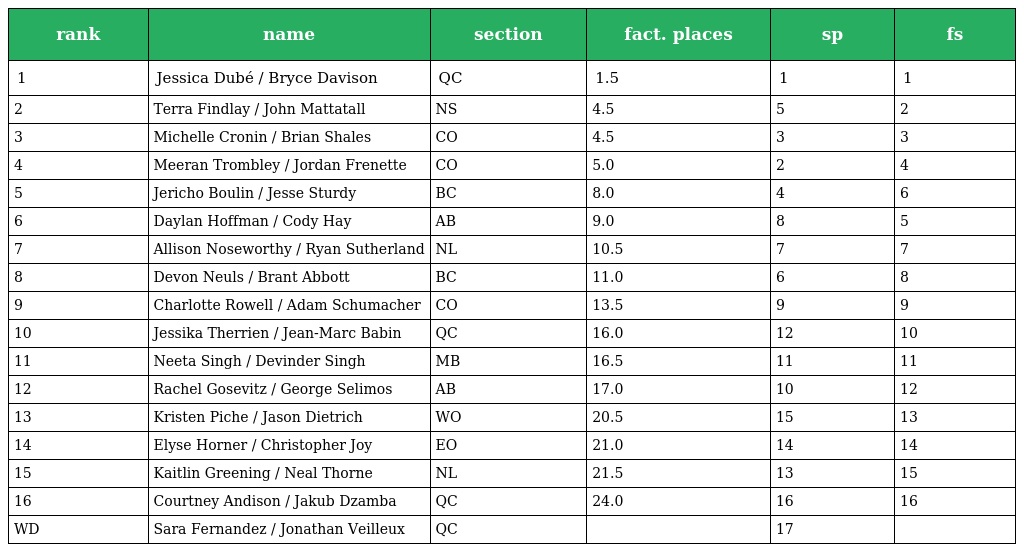
| rank | name | section | fact. places | sp | fs |
 | --- | --- | --- | --- | --- | --- |
 | 1 | Jessica Dubé / Bryce Davison | QC | 1.5 | 1 | 1 |
 | 2 | Terra Findlay / John Mattatall | NS | 4.5 | 5 | 2 |
 | 3 | Michelle Cronin / Brian Shales | CO | 4.5 | 3 | 3 |
 | 4 | Meeran Trombley / Jordan Frenette | CO | 5.0 | 2 | 4 |
 | 5 | Jericho Boulin / Jesse Sturdy | BC | 8.0 | 4 | 6 |
 | 6 | Daylan Hoffman / Cody Hay | AB | 9.0 | 8 | 5 |
 | 7 | Allison Noseworthy / Ryan Sutherland | NL | 10.5 | 7 | 7 |
 | 8 | Devon Neuls / Brant Abbott | BC | 11.0 | 6 | 8 |
 | 9 | Charlotte Rowell / Adam Schumacher | CO | 13.5 | 9 | 9 |
 | 10 | Jessika Therrien / Jean-Marc Babin | QC | 16.0 | 12 | 10 |
 | 11 | Neeta Singh / Devinder Singh | MB | 16.5 | 11 | 11 |
 | 12 | Rachel Gosevitz / George Selimos | AB | 17.0 | 10 | 12 |
 | 13 | Kristen Piche / Jason Dietrich | WO | 20.5 | 15 | 13 |
 | 14 | Elyse Horner / Christopher Joy | EO | 21.0 | 14 | 14 |
 | 15 | Kaitlin Greening / Neal Thorne | NL | 21.5 | 13 | 15 |
 | 16 | Courtney Andison / Jakub Dzamba | QC | 24.0 | 16 | 16 |
 | WD | Sara Fernandez / Jonathan Veilleux | QC |  | 17 |  |